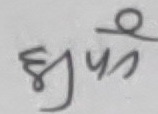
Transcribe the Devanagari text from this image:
झपं